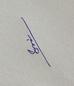
Signature authenticity: genuine